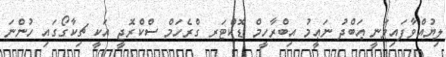
ލިޔުއްވާފައިވަނީ ޢަބްދު ނަޢީމު އިބްރާހީމް ޑޮކްޓަރ ގްރެހަމް ސްކްރޮޖީ އަކީ ޗިކާގޯގައި ހުންނަ